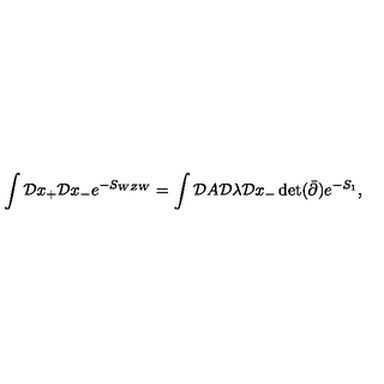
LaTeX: \int { \cal D } x _ { + } { \cal D } x _ { - } e ^ { - S _ { W Z W } } = \int { \cal D } A { \cal D } \lambda { \cal D } x _ { - } \det ( \bar { \partial } ) e ^ { - S _ { 1 } } ,